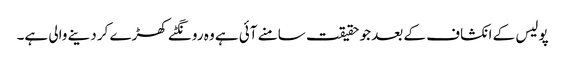
پولیس کے انکشاف کے بعد جو حقیقت سامنے آئی ہے وہ رونگٹے کھڑے کر دینے والی ہے۔